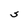
Character: S